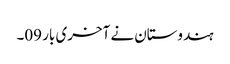
ہندوستان نے آخری بار 09۔